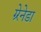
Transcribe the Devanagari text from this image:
ग्र्रेनेडा